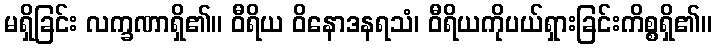
မရှိခြင်း လက္ခဏာရှိ၏။ ဝီရိယ ဝိနောဒနရသံ၊ ဝီရိယကိုပယ်ရှားခြင်းကိစ္စရှိ၏။